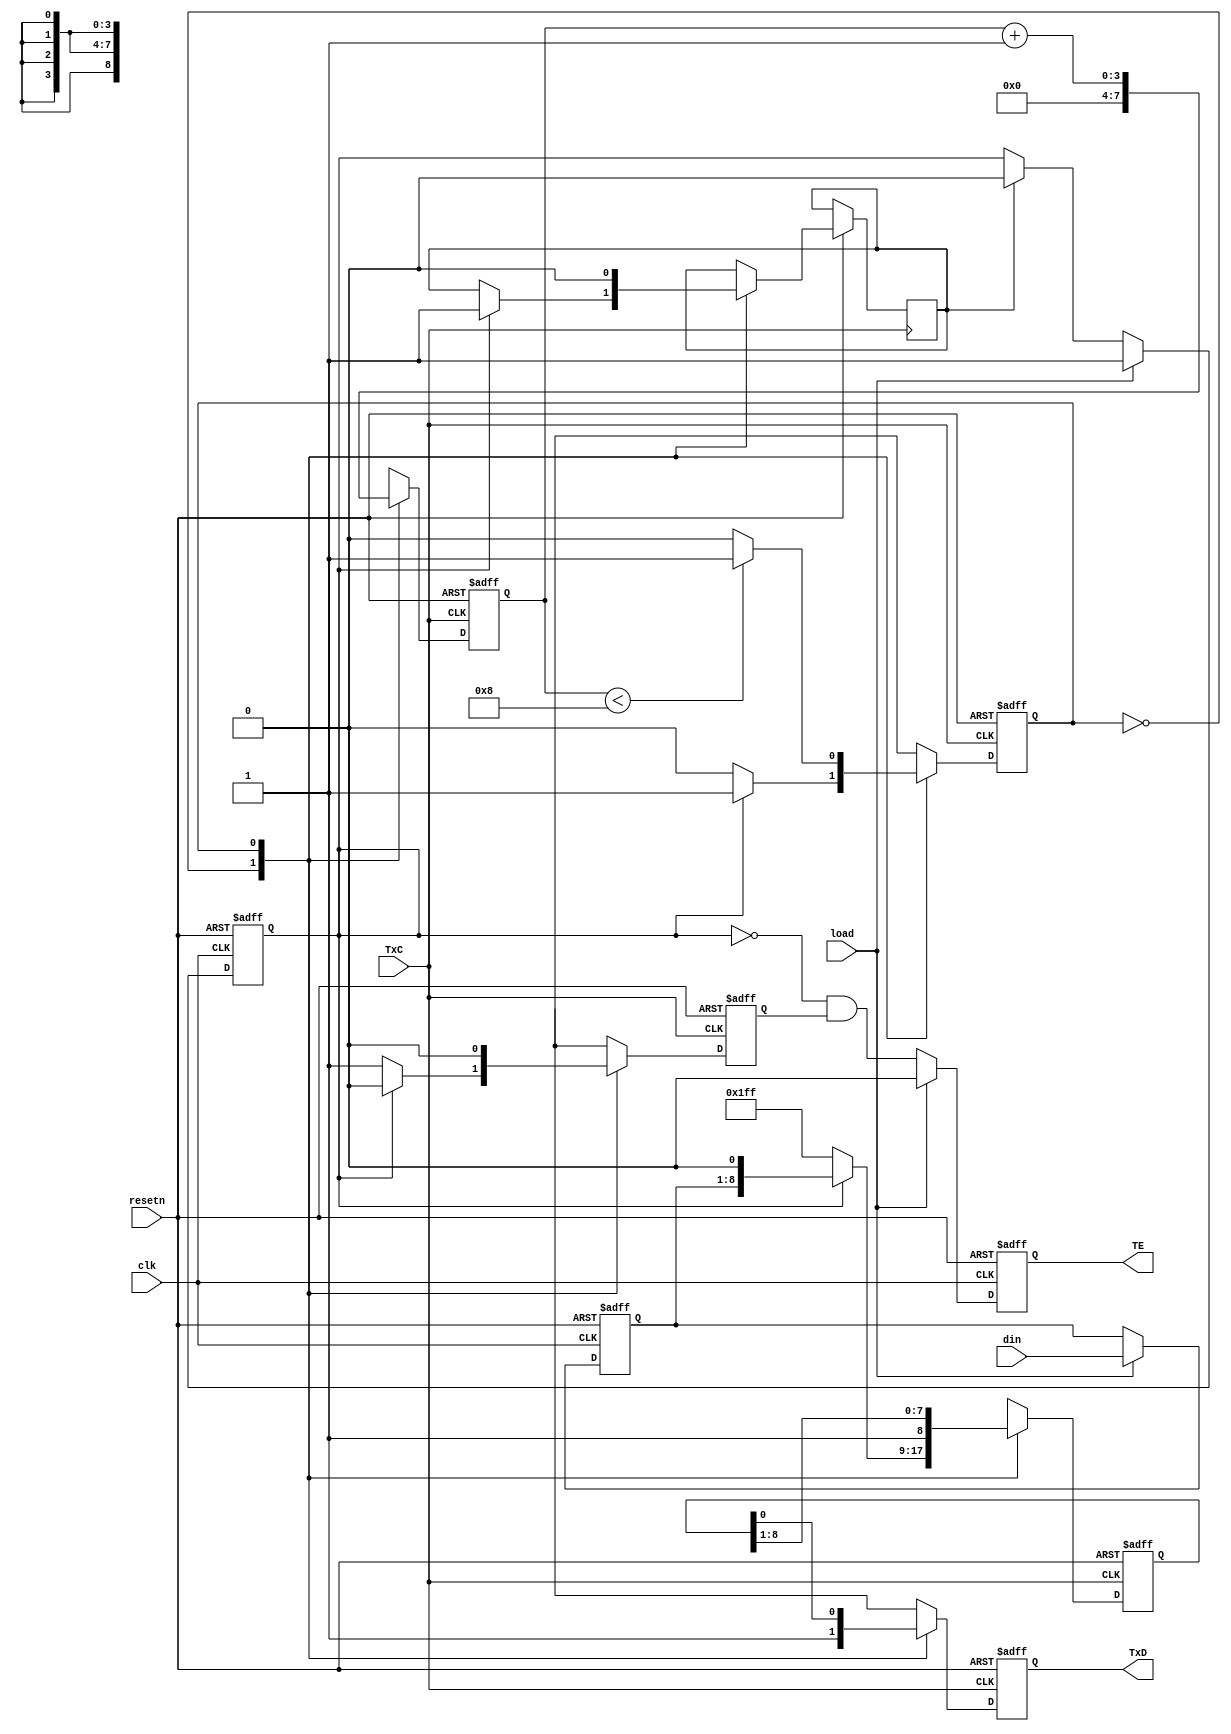
module UART_transmitter_mod(
  input        clk,
  input        resetn,
  input        TxC,       /* transmitter clock signal */
  input        load,      /* parallel load TDR signal */
  input [7:0]  din,

  output reg  TE,        /* TDR empty flag */
  output reg  TxD        /* TSDR output */
);

  /* state constants */
  localparam IDLE  = 1'b0;
  localparam SHIFT = 1'b1;

  /**/
  reg [7:0] TDR;
  /* transmit shift data register include start-bit */
  reg [8:0] TSDR;
  /**/
  reg [3:0] bitcnt;
  /**/
  reg state_ff;
  reg state_nxt;
  /**/
  reg set_TE;
  /**/
  reg loaded;
  /**/
  reg clear_loaded;
  
  /* load TDR when load is activated */
  always @(posedge clk or negedge resetn)
    begin
      if (resetn == 1'b0)
        begin
          TDR    <= 8'd0;
          loaded <= 1'b0;
        end
      else if (load == 1'b1)
        begin
          TDR    <= din;
          loaded <= 1'b1;
        end
      else if (clear_loaded == 1'b1)
        begin
          loaded <= 1'b0;
        end
    end

  /* update TDR empty flag */
  always @(posedge clk or negedge resetn)
    begin
      if (resetn == 1'b0)
        begin
          TE <= 1'b1;
        end
      else if (load == 1'b1)
        begin
          TE <= 1'b0;
        end
      else
        begin
          TE <= ~loaded & set_TE;
        end
    end

  /* initialize and update state registers */
  always @(posedge TxC or negedge resetn)
    begin
      if (resetn == 1'b0)
        begin
          state_ff <= IDLE;
        end
      else
        begin
          state_ff <= state_nxt;
        end
    end

  /* compute next state */
  always @(*)
    begin
      case (state_ff)
        IDLE:
          begin
            if (loaded == 1'b0)
              begin
                state_nxt = IDLE;
              end
            else
              begin
                state_nxt = SHIFT;
              end
          end

        SHIFT:
          begin
            if (bitcnt < 8)
              begin
                state_nxt = SHIFT;
              end
            else
              begin
                state_nxt = IDLE;
              end
          end
      endcase
    end

  /* RTL operations */
  always @(posedge TxC or negedge resetn)
    begin
      if (resetn == 1'b0)
        begin
          TSDR   <= 9'b1111_1111_1;
          bitcnt <= 4'd0;
          set_TE <= 1'b1;
          TxD    <= 1'b1;
        end
      else
        begin
          case (state_ff)
            IDLE:
              begin
                if (loaded == 1'b1)  /* IDLE -> SHIFT */
                  begin
                    TSDR   <= {TDR, 1'b0};
                    clear_loaded <= 1'b1;
                    bitcnt <= 4'd0;
                    set_TE <= 1'b0;
                    TxD    <= 1'b1;
                  end
                else
                  begin
                    TSDR <= 9'b1111_1111_1;
                    bitcnt <= 4'd0;
                    set_TE <= 1'b1;
                    TxD    <= 1'b1;
                  end
              end

            SHIFT:
              begin
                set_TE <= 1'b0;
                bitcnt <= bitcnt + 1;
                TSDR <= {1'b1, TSDR[8:1]};
                clear_loaded <= 1'b0;
                TxD  <= TSDR[0];
              end
          endcase
        end
    end

endmodule